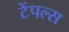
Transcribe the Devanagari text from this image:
टेंपल्स